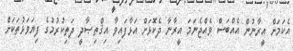
އެކަމަށް އީރާނުން އެއްބަސް ވެއްޖެނަމަ އީރާނާ ދެކޮޅަށް އަޅާފައިވާ އިޤްތިޞާދީ ދަތިކުރުމުގެ ފިޔަވަޅުތަކަށް